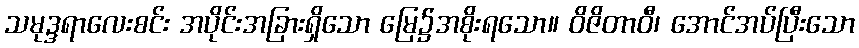
သမုဒ္ဒရာလေးစင်း အပိုင်းအခြားရှိသော မြေ၌အစိုးရသော။ ဝိဇိတာဝီ၊ အောင်အပ်ပြီးသော